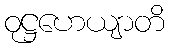
ဝုဋ္ဌဟေယျာတိ